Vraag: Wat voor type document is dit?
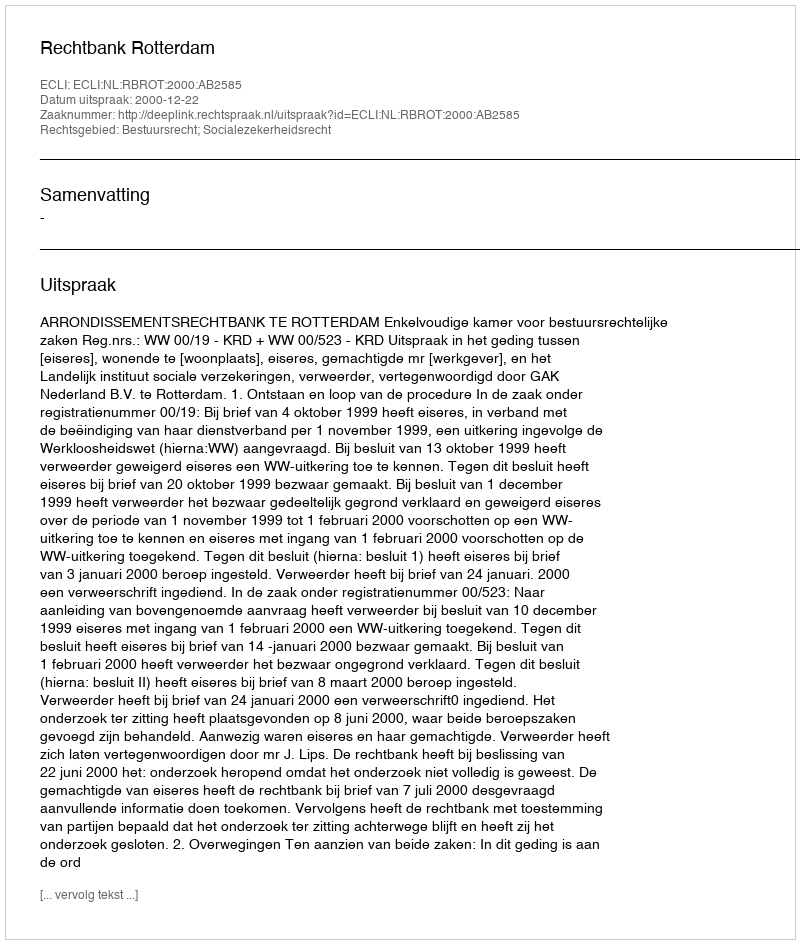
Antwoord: Uitspraak